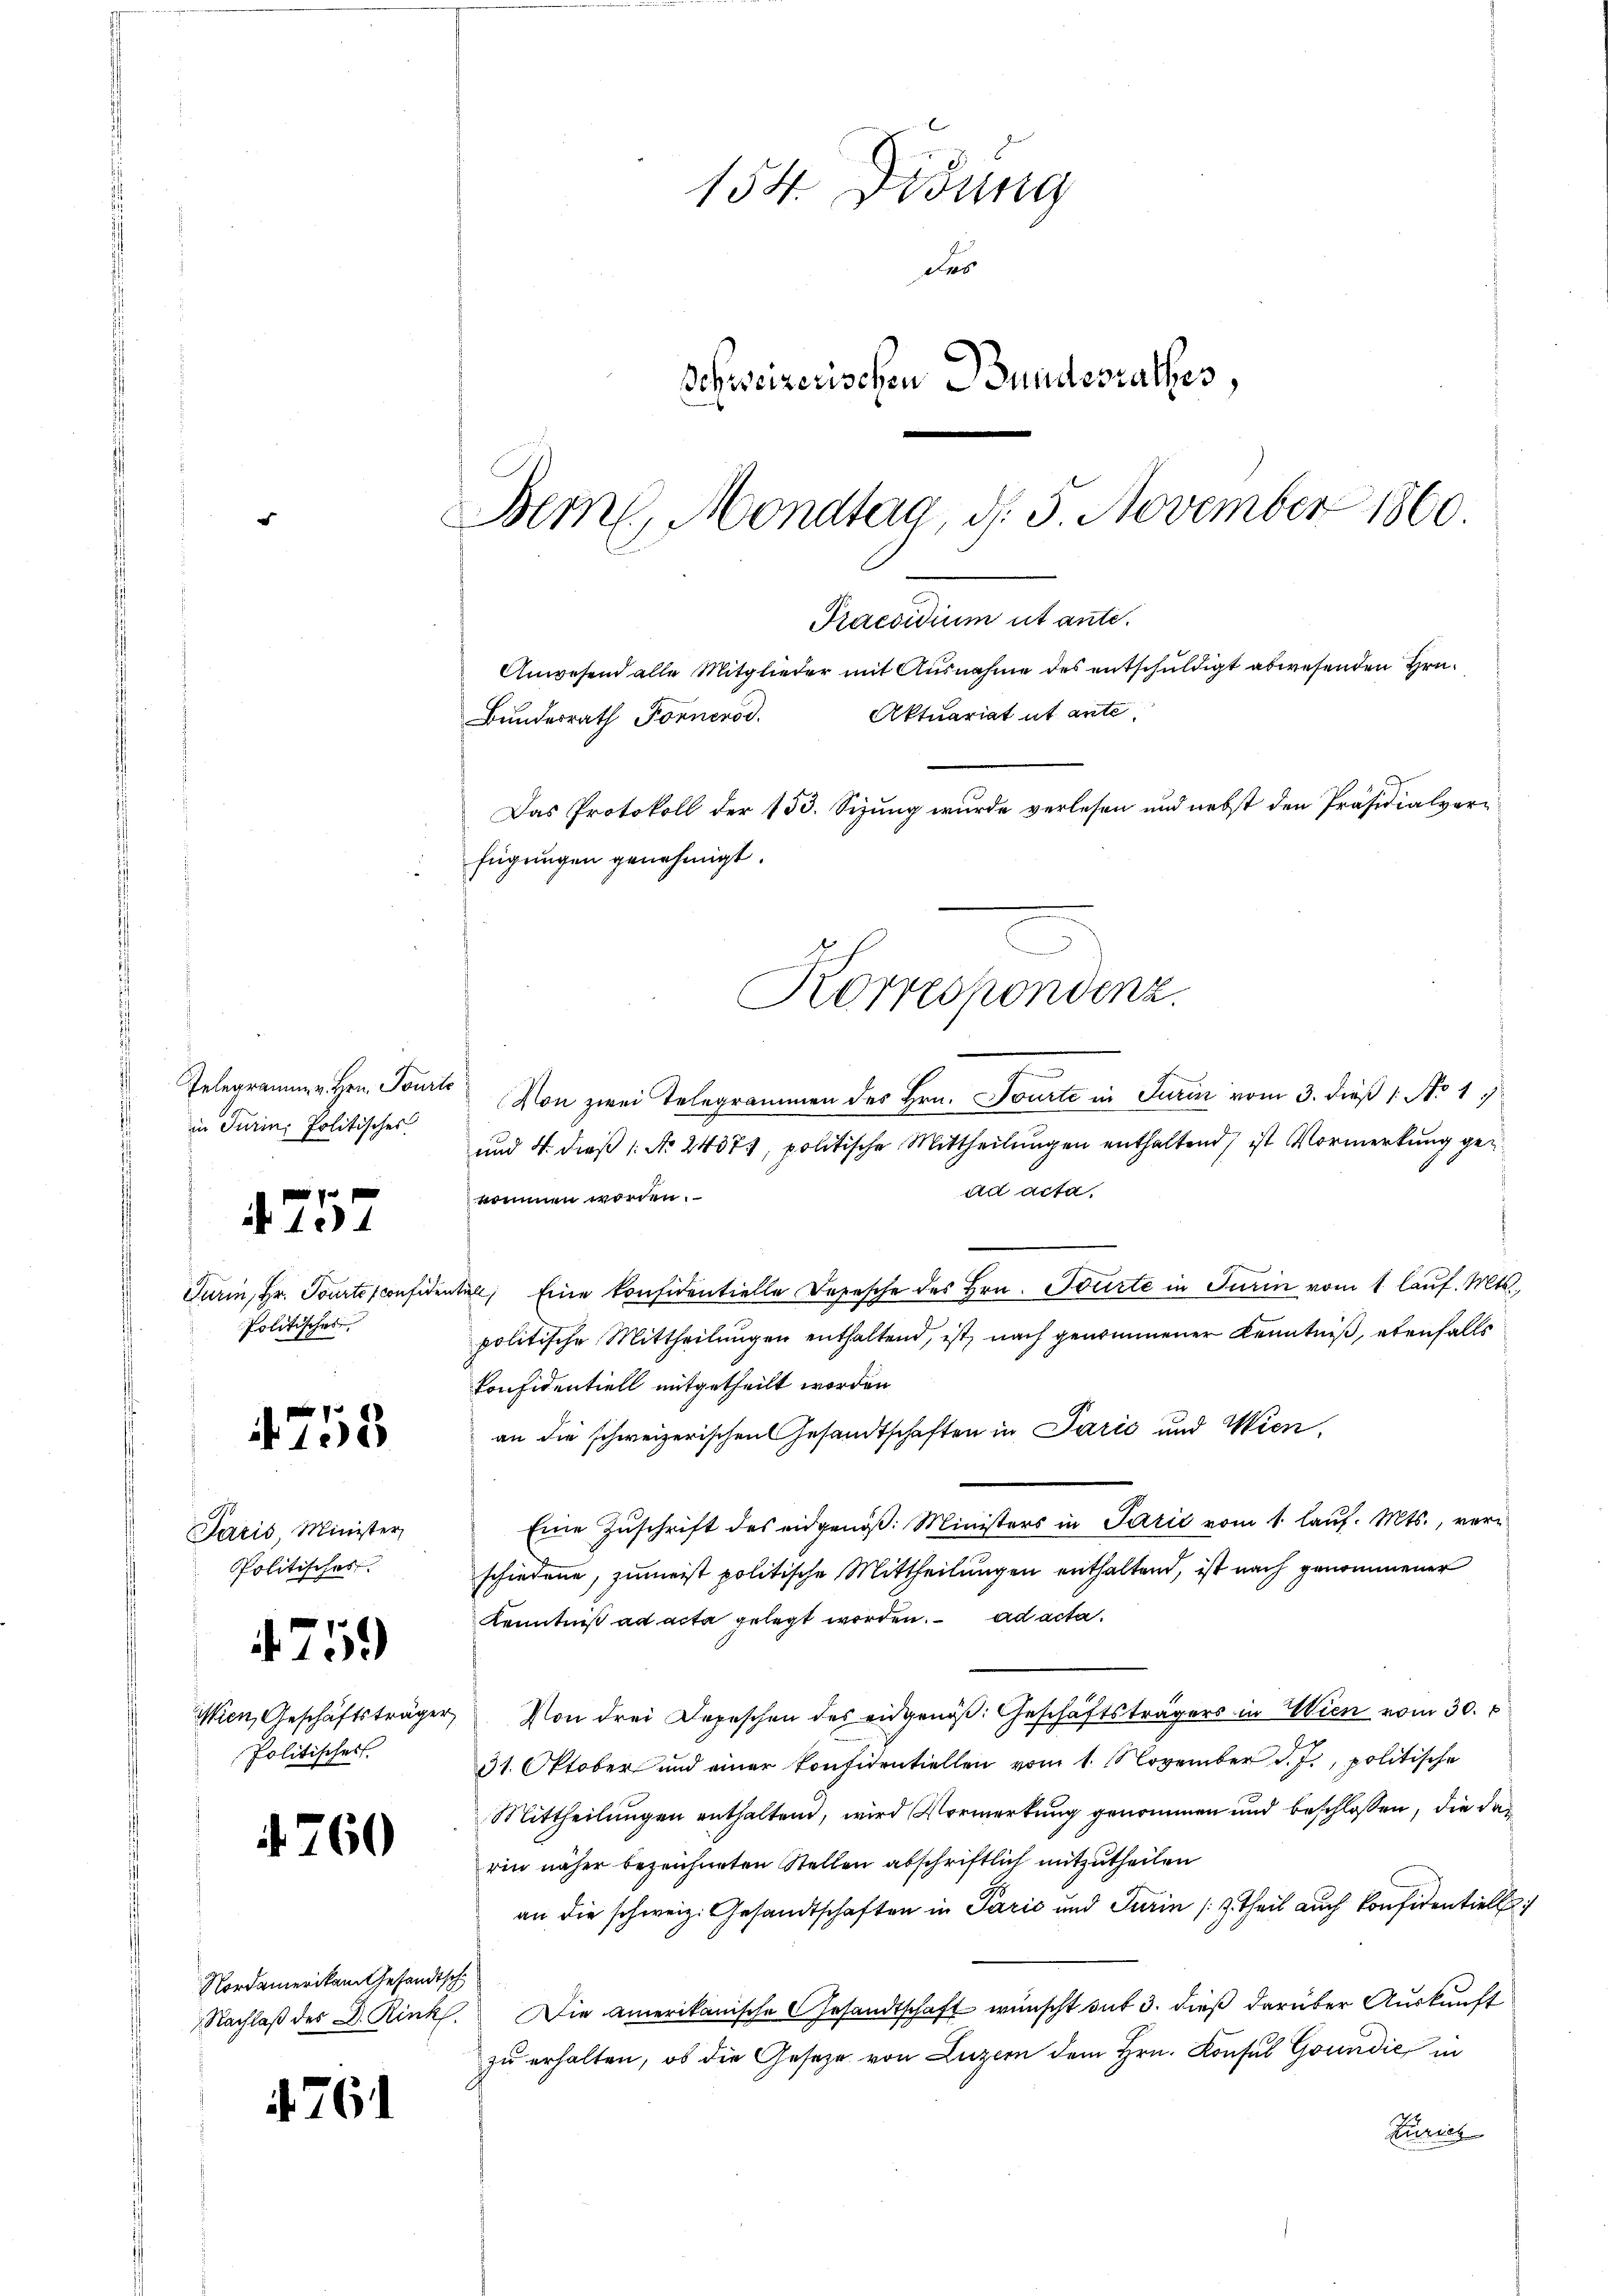
in Turini Politisches
4757
Politisches

154. Didung
des
Schweizerischen Bundesrathes,
e
Bern, Mondtag, d. 5. November 1860.
Praesidium ut ante.
Anwesend alle Mitglieder mit Ausnahme des entschuldigt abwesenden Hrn.
Aktuariat it ante
Bundesrath Fornerod.
Das Protokoll der 153. Sizung wurde verlesen und nebst den Präsidialverfügungen genehmigt.

753

Paris, Minister,
Politisches
Politischer

759

4760

Nordamerikam Gesandtsch

761

Gelegramm v. Hrn. Tourto Von zwei Telegrammen des Hrn. Tourte in Turin vom 3. dieß 1 No 1
und 4. dieß 1: No 24373, politische Mittheilungen enthaltend, ist Vormerkung gead acta.
kommen worden.
Turin, Hr. Tourtisconsidentel, Eine konsidentielle Depesche des Hrn. Tourte in Turin vom 1. laŭf. Mts.,
politische Mittheilungen enthaltend, ist, nach genommener Kenntniß, ebenfalls
Confidentiell mitgetheilt worden
an die schweizerischen Gesandtschaften in Parić und Wien,
Eine Zuschrift des eidgenöß: Ministers in Parić vom 1. lauf. Mts., verschiedene, zumeist politische Mittheilungen enthaltend, ist nach genommener
Kenntniß ad acta gelegt worden. ad acta.
Wien, Geschäftsträger, Von drei Depeschen des eidgenöβ: Geschäftsträgers in Wien vom 30.
31. Oktober und einer Konfidentiellen vom 1. November d. J., politische
Mittheilungen enthaltend, wird Vormerkung genommen und beschlossen, die das
rin näher bezeichneten Stellen abschriftlich mitzutheilen
an die schweiz. Gesandtschaften in Parić und Turin (z. Theil auch konfidentiell
Nachlaβ des D. Rink. Die amerikanische Gesandtschaft wünscht auf 3. dieß darüber Auskunft
zu erhalten, ob die Gesetze von Luzern dem Hrn. Konsul Goundić in
Zürich

rdiener
Korrespondenz.